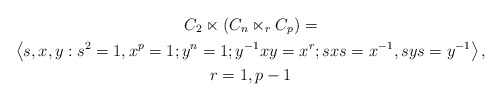
\begin{gather*}C_{2}\ltimes(C_{n}\ltimes_{r}C_{p})=\\\left\langle s,x,y:s^{2}=1,x^{p}=1;y^{n}=1;y^{-1}xy=x^{r};sxs=x^{-1},sys=y^{-1}\right\rangle ,\\r=1,p-1\end{gather*}